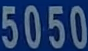
5050